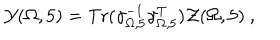
LaTeX: { \cal Y } ( \Omega , 5 ) = \mathrm { T r } ( \gamma _ { \Omega , 5 } ^ { - 1 } \gamma _ { \Omega , 5 } ^ { T } ) { \cal Z } ( \Omega , 5 ) ~ ,